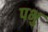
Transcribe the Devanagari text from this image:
पभु